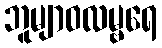
ဘူမျာဝလမ္ဗရေ